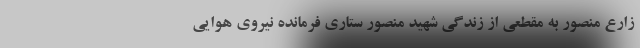
زارع منصور به مقطعی از زندگی شهید منصور ستاری فرمانده نیروی هوایی